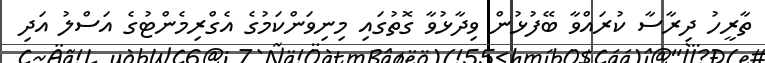
ތާރީހު ދިރާސާ ކުރައްވާ ބޭފުޅުން ވިދާޅުވާ ގޮތުގައި މިނިވަންކަމުގެ އެގްރިމެންޓުގެ އަސްލު އަދި